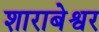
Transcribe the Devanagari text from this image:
शाराबेश्वर